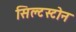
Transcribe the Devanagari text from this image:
सिल्टस्टोन